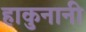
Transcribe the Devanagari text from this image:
हाकुनानी